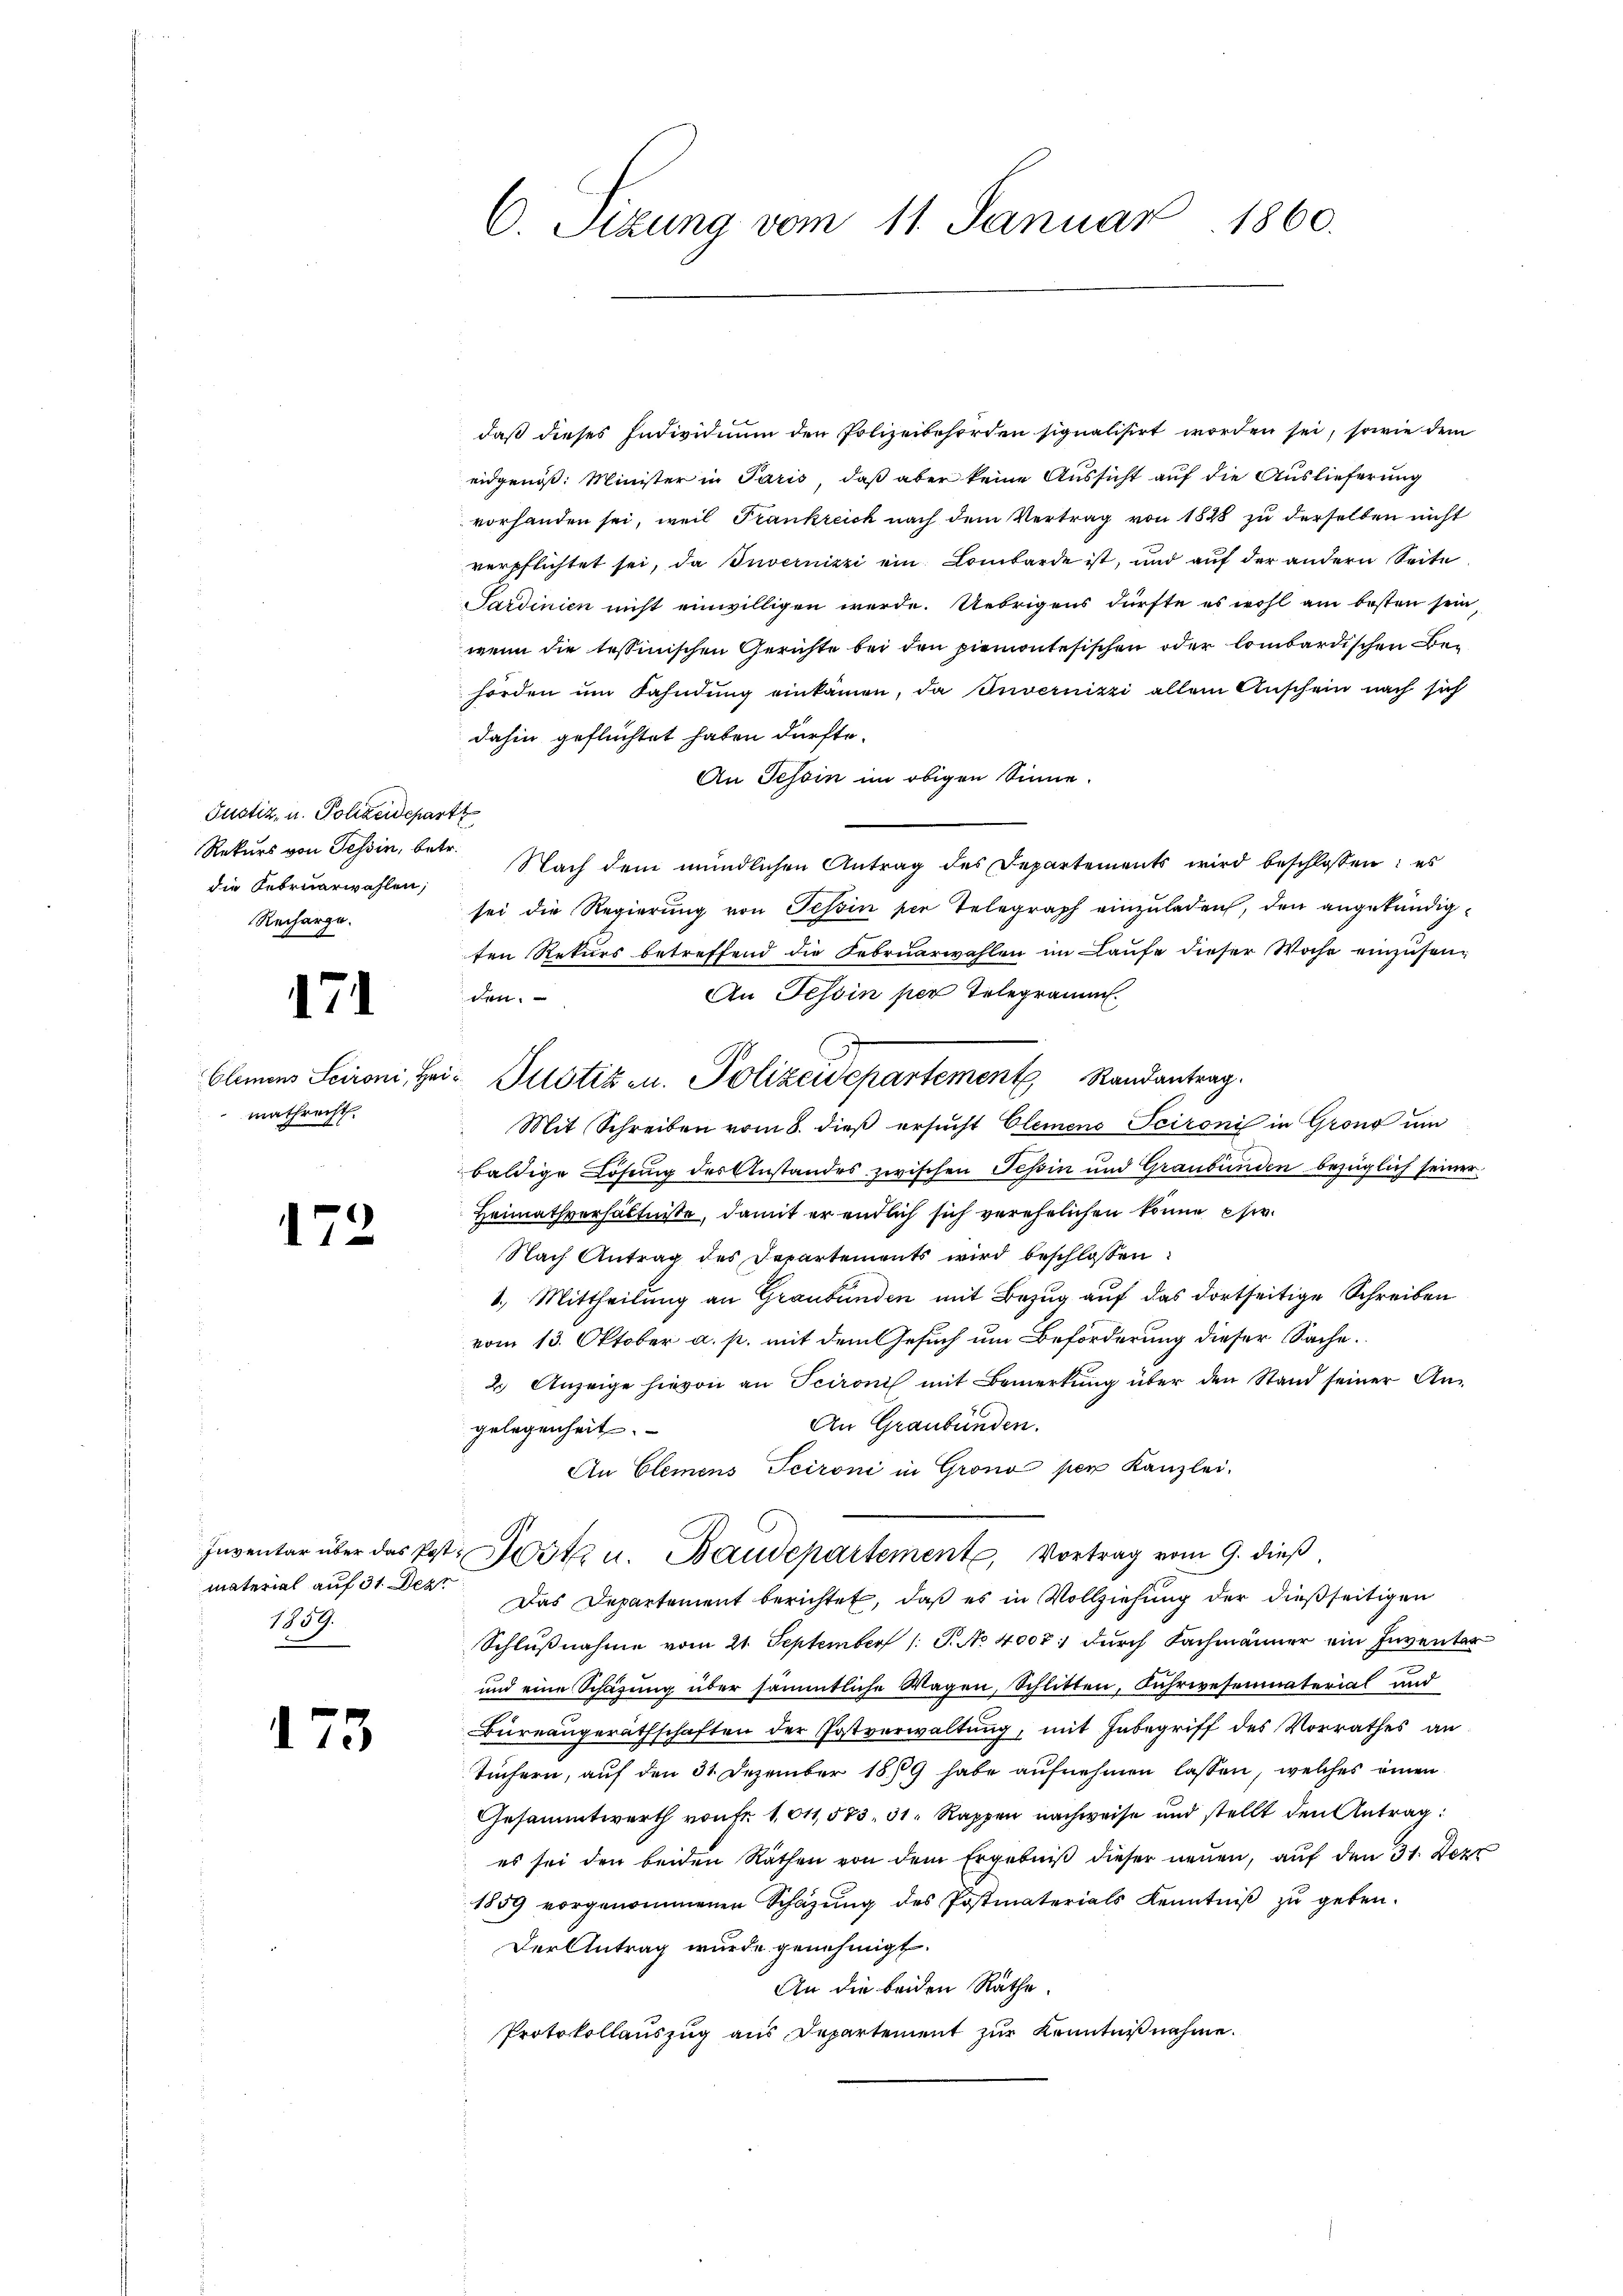
Justiz, u. Polizeidepart
Rekurs von Tessin, betr.
die Februarwahlen;
Recharge.

171

mathrecht,

173

1859.

175

C. Sizung vom 11. Januar 1860.

daß dieses Individium den Polizeibehörden signalisirt worden sei, sowie dem
eidgenöß: Minister in Paris, daß aber keine Aussicht auf die Auslieferung
vorhanden sei, weil Frankreich nach dem Vertrag von 1828 zu derselben nicht
verpflichtet sei, da Invernizzi ein Lombarde ist, und auf der andern Seite
Sardinien nicht einwilligen werde. Uebrigens dürfte es wohl am besten sein,
wenn die tessinischen Gerichte bei den Piemontesischen oder lombardischen Behörden im Fahndŭng einkamen, da Invernizzi allein Anschein nach sich
dahin geflüchtet haben dürfte.
An Tessin im obigen Sinne.
Nach dem mündlichen Antrag des Departements wird beschlossen: es
sei die Regierung von Tessin per Telegraph einzuladen, den angekündigten Rekurs betreffend die Februarwahlen im Laufe dieser Woche einzusen¬
An Tessin per Telegramm.
den.
Mit Schreiben vom 8. dieß ersucht Clemens Scironi in Grond um
baldige Lösung des Anstandes zwischen Tessin und Graubünden bezüglich seiner
Heimathverhältnisse, damit er entlich sich verehelichen könne Ehe¬
Nach Antrag des Departements wird beschlossen:
1.) Mittheilung an Graubünden mit Bezug auf das dortseitige Schreiben
vom 13. Oktober a. p. mit dem Gesuch um Beförderung dieser Sache.
2. Anzeige hievon an Scironis mit Bemerkŭng über den Stand seiner An-
An Graubünden.
gelegenheit.
An Clemens Scironi in Grono per Kanzlei.
Inventar über das Post. Jost u. Baudepartement, Vortrag vom 9. dieß
material aŭf 31. Dez. Das Departement berichtet, daß es in Vollziehung der dießseitigen
Schlußnahme vom 21. September /: P. No 4000 durch Fachmänner ein Inventer¬
und eine Schafung über sämmtliche Wagen, Schlitten, Fuhrwesenmaterial und
Büreaugeräthschaften der Postverwaltung, mit Inbegriff des Vorrathes an
Tiefern, auf den 31. Dezember 189 habe aufnehmen lassen, welches einen
Gesammtwerth von Fr. 1011,573, 31. Rappen nachweise und stellt den Antrag:
es sei den beiden Räthen von dem Ergebniß dieser neuen, auf den 31. Dezz
1859 vorgenommenen Schatzŭng des Postmaterials Kenntniβ zŭ geben.
Der Antrag wurde genehmigt.
An die beiden Räthe.
Protokollauszug aus Departement zur Kenntnißnahme.

Clemens Scironi, Hei- Pustiz u. Polizeidepartement Randantrag.